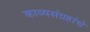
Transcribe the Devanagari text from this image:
काव्यसंग्रहांचे